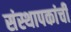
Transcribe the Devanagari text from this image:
संस्थापकांची